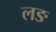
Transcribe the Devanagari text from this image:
लङ